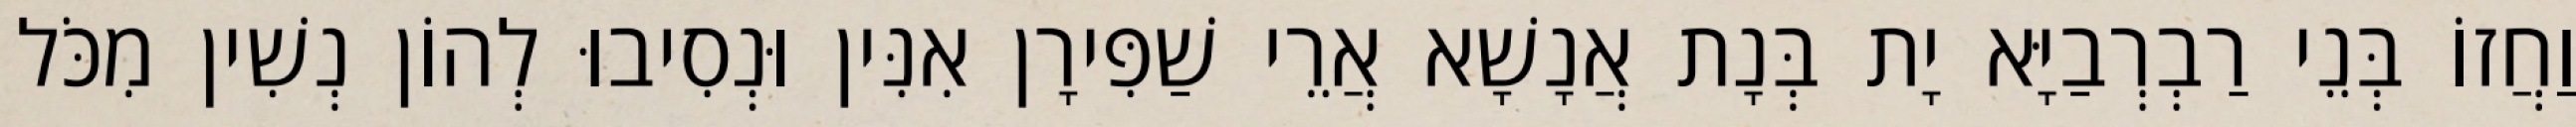
וַחֲזוֹ בְּנֵי רַבְרְבַיָּא יָת בְּנָת אֲנָשָׁא אֲרֵי שַׁפִּירָן אִנִּין וּנְסִיבוּ לְהוֹן נְשִׁין מִכֹּל